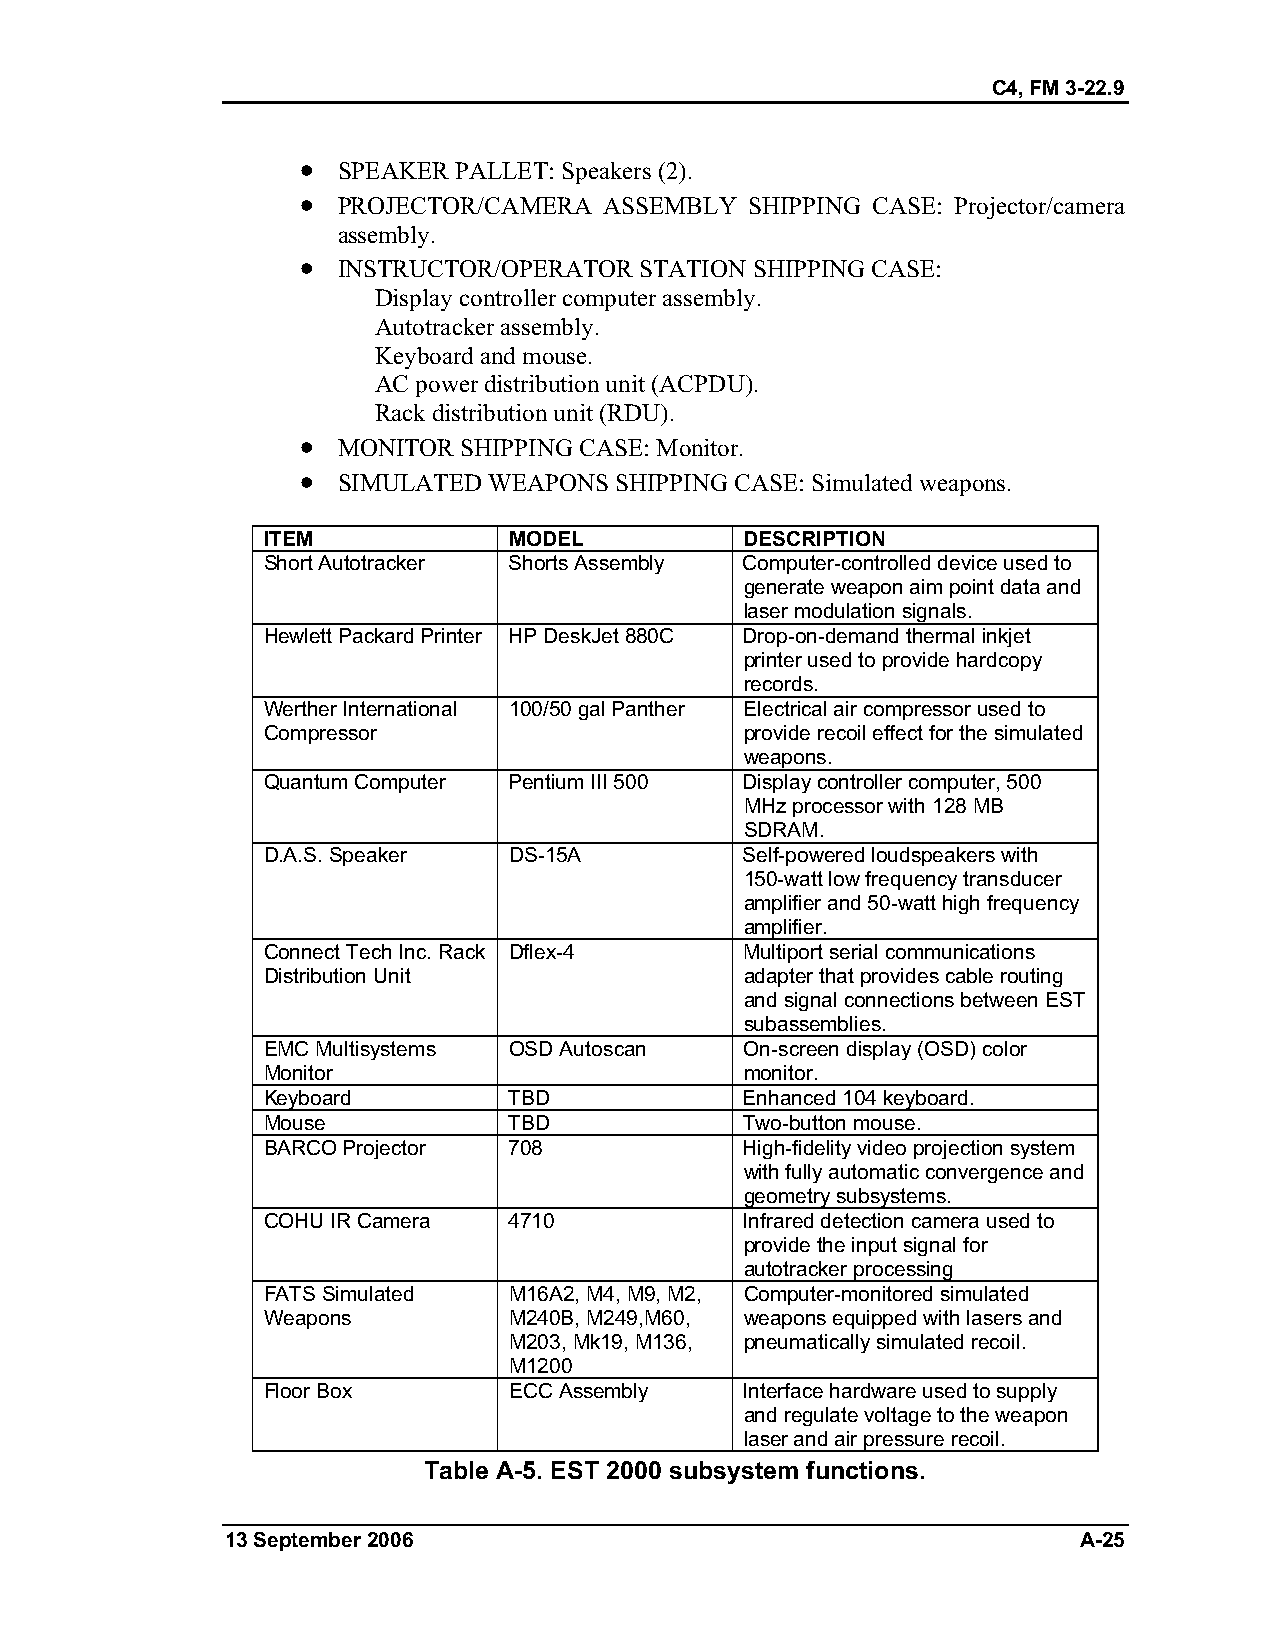
C4, FM 3-22.9
 •
 SPEAKER PALLET: Speakers (2).
 •
 PROJECTOR/CAMERA  ASSEMBLY  SHIPPING CASE: Projector/camera
 assembly.
 •
 INSTRUCTOR/OPERATOR STATION SHIPPING CASE:
 Display controller computer assembly.
 Autotracker assembly.
 Keyboard and mouse.
 AC power distribution unit (ACPDU).
 Rack distribution unit (RDU).
 •
 MONITOR SHIPPING CASE: Monitor.
 •
 SIMULATED WEAPONS  SHIPPING CASE: Simulated weapons.
 ITEM             MODEL          DESCRIPTION
 Short Autotracker Shorts Assembly Computer-controlled device used to
 generate weapon aim point data and
 laser modulation signals.
 Hewlett Packard Printer HP DeskJet 880C Drop-on-demand thermal inkjet
 printer used to provide hardcopy
 records.
 Werther International 100/50 gal Panther Electrical air compressor used to
 Compressor                      provide recoil effect for the simulated
 weapons.
 Quantum Computer Pentium III 500 Display controller computer, 500
 MHz processor with 128 MB
 SDRAM.
 D.A.S. Speaker   DS-15A         Self-powered loudspeakers with
 150-watt low frequency transducer
 amplifier and 50-watt high frequency
 amplifier.
 Connect Tech Inc. Rack Dflex-4  Multiport serial communications
 Distribution Unit               adapter that provides cable routing
 and signal connections between EST
 subassemblies.
 EMC Multisystems OSD Autoscan   On-screen display (OSD) color
 Monitor                         monitor.
 Keyboard         TBD            Enhanced 104 keyboard.
 Mouse            TBD            Two-button mouse.
 BARCO Projector  708            High-fidelity video projection system
 with fully automatic convergence and
 geometry subsystems.
 COHU IR Camera   4710           Infrared detection camera used to
 provide the input signal for
 autotracker processing
 FATS Simulated   M16A2, M4, M9, M2, Computer-monitored simulated
 Weapons          M240B, M249,M60, weapons equipped with lasers and
 M203, Mk19, M136, pneumatically simulated recoil.
 M1200
 Floor Box        ECC Assembly   Interface hardware used to supply
 and regulate voltage to the weapon
 laser and air pressure recoil.
 Table A-5. EST 2000 subsystem functions.
 13 September 2006                                       A-25